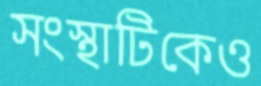
সংস্থাটিকেও